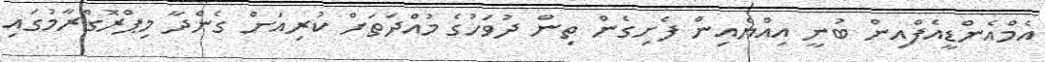
އެމްއެންޑީއެފްއިން ބުނީ އިއްޔެއިން ފެށިގެން ތިން ދުވަހުގެ މުއްދަތަަށް ކުރިއަށް ގެންދާ މިޕްރޮގްރާމުގައި